Lunatic asylums Central Provinces reports 1886-1894 - 1886-1894
Year: 1886
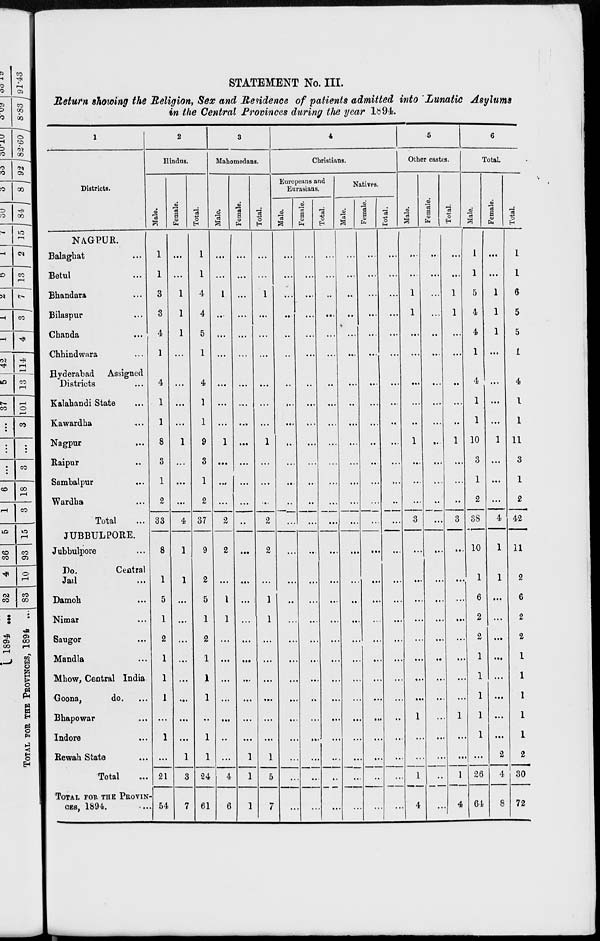
STATEMENT No. III.
Return showing the Religion, Sex and Residence of patients admitted into Lunatic Asylums
in the Central Provinces during the year 1894.
1
Districts.
NAGPUR.
Balaghat ...
Betul ...
Bhandara ...
Bilaspur ...
Chanda ...
Chhindwara ...
Hyderabad Assigned
Districts ...
Kalahandi State ...
Kawardha ...
Nagpur
...
Raipur ...
Sambalpur ...
Wardha ...
Total ...
JUBBULPORE.
Jubbulpore ...
Do.
Central
Jail ...
Damoh ...
Nimar ...
Saugor ...
Mandla
Mhow, Central India ...
Goona,
do. ...
Bhapowar ...
Indore ...
Rewah State ...
Total ...
TOTAL FOR THE PROVIN-
CES, 1894. ...
2
Hindus.
Male.
1
1
3
3
4
1
4
1
1
8
3
1
2
33
8
1
5
1
2
1
1
1
...
1
...
21
54
Female.
...
...
1
1
1
...
...
...
...
1
...
...
...
4
1
1
...
...
...
...
...
...
...
...
1
3
7
Total.
1
1
4
4
5
1
4
1
1
9
3
1
2
37
9
2
5
1
2
1
1
1
...
1
1
24
61
3
Mahomedans.
Male.
...
...
1
...
...
...
...
...
...
1
...
...
...
2
2
...
1
1
...
...
...
...
...
...
...
4
6
Female.
...
...
...
...
...
...
...
...
...
...
...
...
...
..
...
...
...
...
...
...
...
...
...
...
1
1
1
Total.
...
...
1
...
...
...
...
...
...
1
...
...
...
2
2
...
1
1
...
...
...
...
...
...
1
5
7
4
Christians.
Europeans and
Eurasians.
Male.
...
...
...
...
...
...
...
...
...
...
...
...
...
...
...
...
...
...
...
...
...
...
...
...
...
...
...
Female.
...
...
...
...
...
...
...
...
...
...
...
...
...
...
...
...
...
...
...
...
...
...
...
...
...
...
...
Total.
...
...
...
...
...
...
...
...
...
...
...
...
...
...
...
...
...
...
...
...
..
...
...
...
...
...
...
Natives.
Male.
...
...
...
...
...
...
...
...
...
...
...
...
...
...
...
...
...
...
...
...
...
...
...
...
...
...
...
Female.
...
...
...
...
...
...
...
...
...
...
...
...
...
...
...
...
...
....
...
...
...
...
...
...
...
...
...
Total.
...
...
...
...
...
...
...
...
...
...
...
...
...
...
...
...
...
...
...
...
...
...
...
...
..
...
...
5
Other castes.
Male.
...
...
1
1
...
...
...
...
..
1
...
...
...
3
...
...
...
...
...
...
...
...
1
...
...
1
4
Female.
...
...
...
...
..
...
...
...
...
...
...
...
...
...
...
...
...
...
...
...
...
...
...
...
...
...
...
Total.
...
...
1
1
...
...
...
...
. ...
1
...
...
...
3
...
...
...
...
...
...
...
...
1
...
...
1
4
6
Total.
Male.
1
1
5
4
4
1
4
1
1
10
3
1
2
38
10
1
6
2
2
1
1
1
1
1
...
26
64
Female.
...
...
1
1
1
...
...
...
...
1
...
...
...
4
1
1
...
...
...
...
...
...
...
...
2
4
8
Total.
1
1
6
5
5
1
4
1
1
11
3
1
2
42
11
2
6
2
2
1
1
1
1
1
2
30
72